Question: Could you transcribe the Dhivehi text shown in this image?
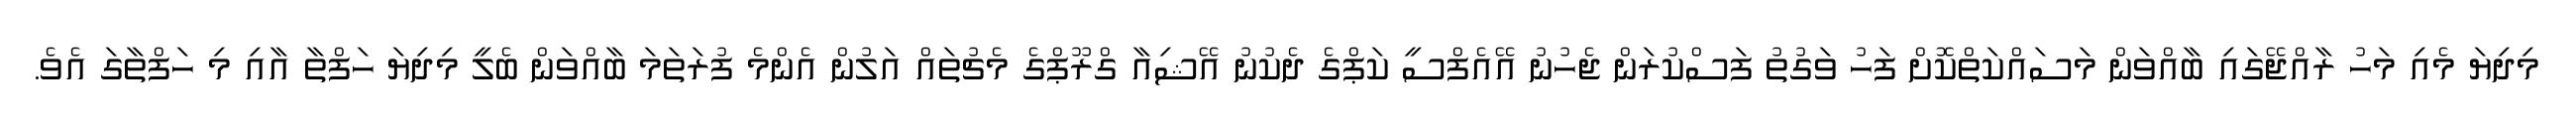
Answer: މިދިޔަ މެއި މަހު ރާއްޖޭގައި ބާއްވަން މަސައްކަތްކޮށް ފަހު ވަގުތު ފަސްކުރަން ޖެހުނު އޭއެފްސީ ކަޕްގެ ދެކުނު އޭޝިއާ ގްރޫޕްގެ މެޗުތައް އަލުން އެންމެ ފުރަތަމަ ބާއްވަން ބެލީ މިދިޔަ ހަފްތާ އާއި މި ހަފްތާގަ އެވެ.